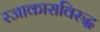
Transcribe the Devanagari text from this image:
रजाकाराविरुद्ध